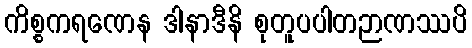
ကိစ္စကရဏေန ဒါနာဒီနိ စုတူပပါတဉာဏဿပိ